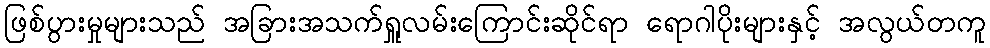
ဖြစ်ပွားမှုများသည် အခြားအသက်ရှူလမ်းကြောင်းဆိုင်ရာ ရောဂါပိုးများနှင့် အလွယ်တကူ